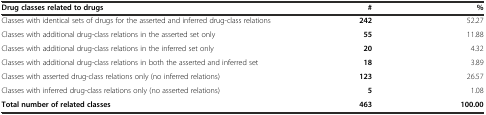
| Drug classes related to drugs | # | % |
 | --- | --- | --- |
 | Classes with identical sets of drugs for the asserted and inferred drug-class relations | 242 | 52.27 |
 | Classes with additional drug-class relations in the asserted set only | 55 | 11.88 |
 | Classes with additional drug-class relations in the inferred set only | 20 | 4.32 |
 | Classes with additional drug-class relations in both the asserted and inferred set | 18 | 3.89 |
 | Classes with asserted drug-class relations only (no inferred relations) | 123 | 26.57 |
 | Classes with inferred drug-class relations only (no asserted relations) | 5 | 1.08 |
 | Total number of related classes | 463 | 100.00 |